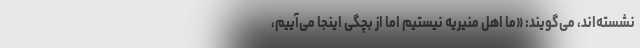
نشسته‌اند، می‌گویند: «ما اهل منیریه نیستیم اما از بچگی اینجا می‌آییم،